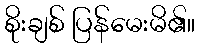
စိုးချစ် ပြန်မေးမိ၏။